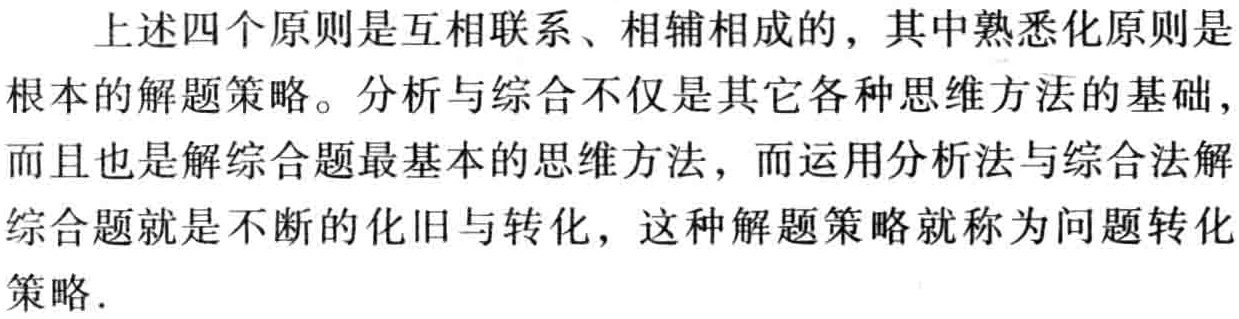
上述四个原则是互相联系、相辅相成的，其中熟悉化原则是
根本的解题策略。分析与综合不仅是其它各种思维方法的基础，
而且也是解综合题最基本的思维方法，而运用分析法与综合法解
综合题就是不断的化旧与转化，这种解题策略就称为问题转化
策略.